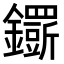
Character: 𨯴